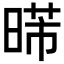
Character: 𣈰